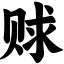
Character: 赇